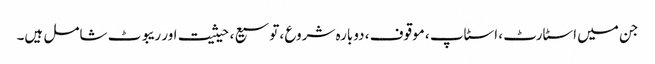
جن میں اسٹارٹ ، اسٹاپ ، موقوف ، دوبارہ شروع ، توسیع ، حیثیت اور ریبوٹ شامل ہیں۔